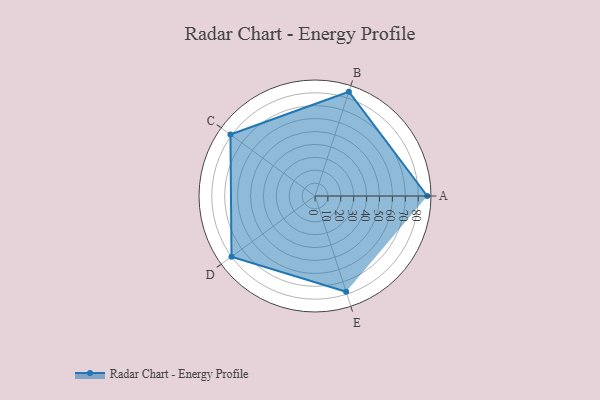
{"axis": {"x": "Skill", "y": "Score"}, "legend": ["Profile"], "data": [{"x": "A", "y": 87.0, "type": "Profile"}, {"x": "B", "y": 85.0, "type": "Profile"}, {"x": "C", "y": 81.0, "type": "Profile"}, {"x": "D", "y": 80.0, "type": "Profile"}, {"x": "E", "y": 78.0, "type": "Profile"}]}